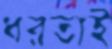
ধরতাই